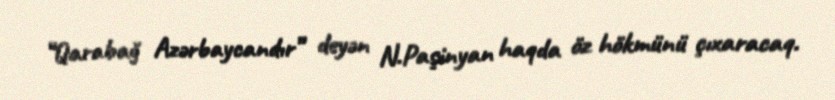
“Qarabağ Azərbaycandır” deyən N.Paşinyan haqda öz hökmünü çıxaracaq.